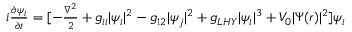
\begin{array} { r } { i \frac { \partial \psi _ { i } } { \partial t } = [ - \frac { \nabla ^ { 2 } } { 2 } + g _ { i i } | \psi _ { i } | ^ { 2 } - g _ { 1 2 } | \psi _ { j } | ^ { 2 } + g _ { L H Y } | \psi _ { i } | ^ { 3 } + V _ { 0 } | \Psi ( r ) | ^ { 2 } ] \psi _ { i } } \end{array}